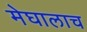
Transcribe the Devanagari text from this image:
मेघालाच